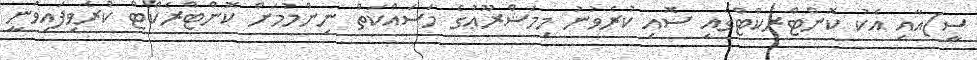
ސީ)އާއި އެކު ކޮންޓްރެކްޓްގައި ސޮއި ކުރެވުނު މިމަޝްރޫޢުގެ މަސައްކަތް ނިންމުމަށް ކޮންޓްރެކްޓް ކުރެވިފައިވަނީ